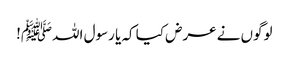
لوگوں نے عرض کیا کہ یا رسول اللہﷺ!